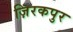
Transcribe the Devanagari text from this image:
ज़िरकपुर